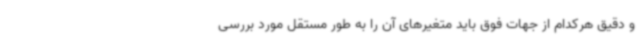
و دقیق هرکدام از جهات فوق باید متغیرهای آن را به طور مستقل مورد بررسی